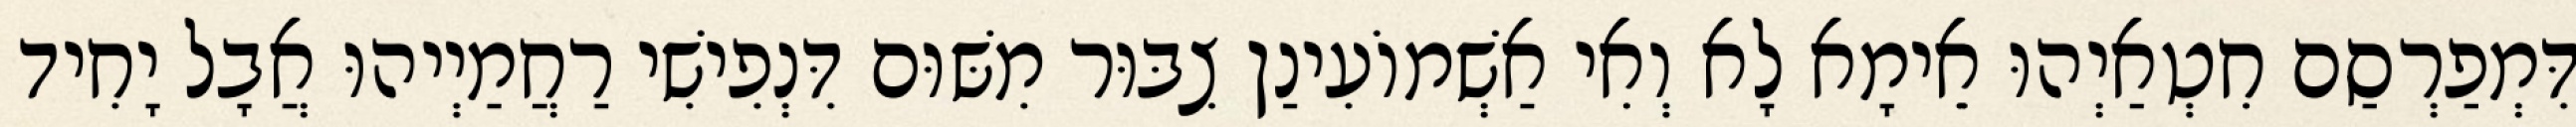
דִּמְפַרְסַם חִטְאַיְהוּ אֵימָא לָא וְאִי אַשְׁמוֹעִינַן צִבּוּר מִשּׁוּם דִּנְפִישִׁי רַחֲמַיְיהוּ אֲבָל יָחִיד